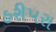
હરીપરા